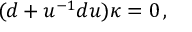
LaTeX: ( d + u ^ { - 1 } d u ) \kappa = 0 \, ,